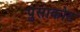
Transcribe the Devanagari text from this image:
पुसाकोट